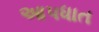
આપધાત